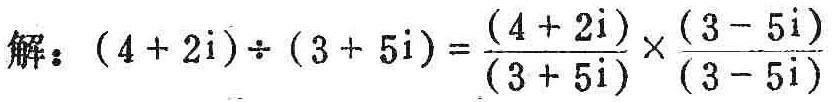
解：\((4 + 2\mathrm{i}) \div (3 + 5\mathrm{i}) = \frac{(4 + 2\mathrm{i})}{(3 + 5\mathrm{i})} \times \frac{(3 - 5\mathrm{i})}{(3 - 5\mathrm{i})}\)